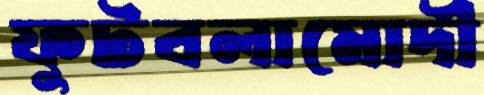
ফুটবলামোদী